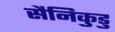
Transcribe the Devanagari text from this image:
सैनिकुडु